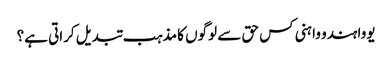
یووا ہندو واہنی کس حق سے لوگوں کا مذہب تبدیل کراتی ہے؟